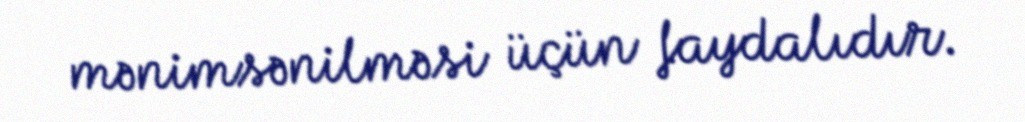
mənimsənilməsi üçün faydalıdır.